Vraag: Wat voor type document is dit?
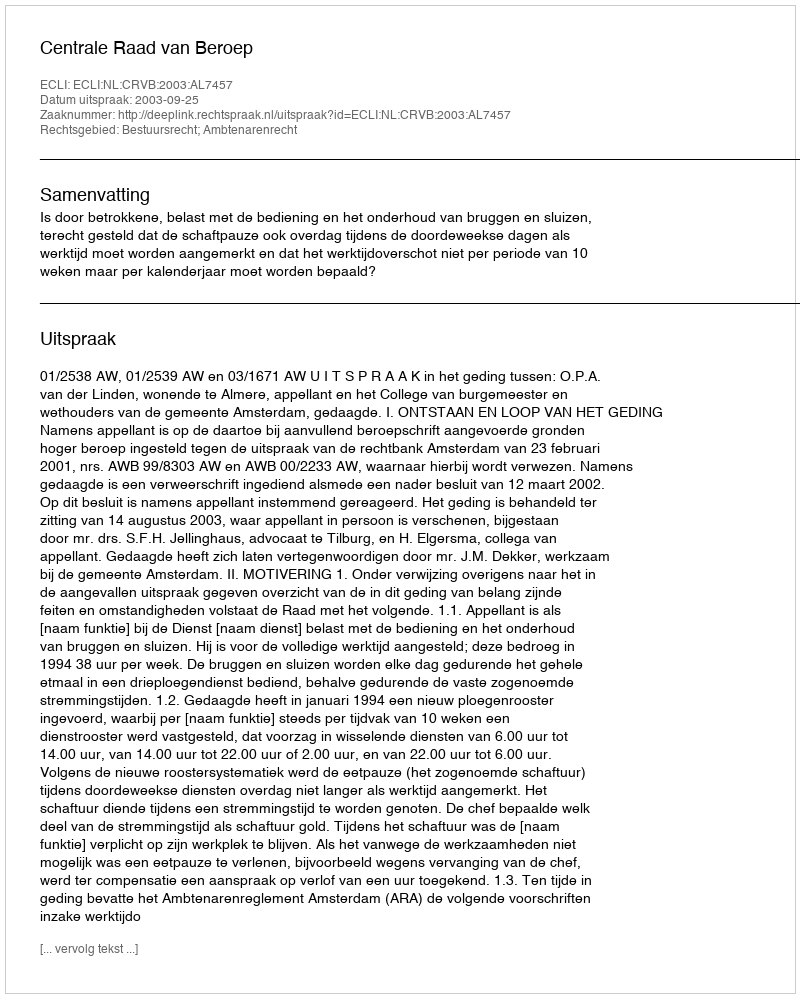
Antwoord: Uitspraak